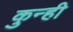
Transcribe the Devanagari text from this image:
कुन्ही